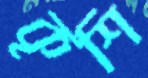
কৃশি